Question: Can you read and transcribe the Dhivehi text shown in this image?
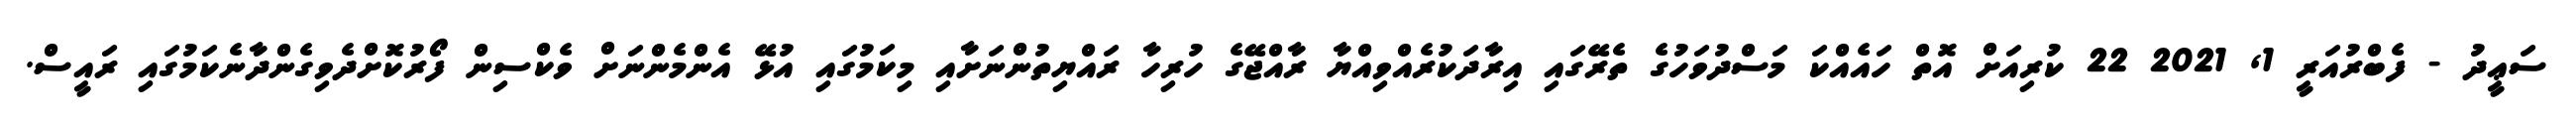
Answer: ސަޢީދު - ފެބްރުއަރީ 1, 2021 22 ކުރިއަށް އޮތް ހައެއްކަ މަސްދުވަހުގެ ތެރޭގައި އިރާދަކުރެއްވިއްޔާ ރާއްޖޭގެ ހުރިހާ ރައްޔިތުންނަށާއި މިކަމުގައި އުޅޭ އެންމެންނަށް ވެކްސިން ފޯރުކޮށްދެވިގެންދާނެކަމުގައި ރައީސް.